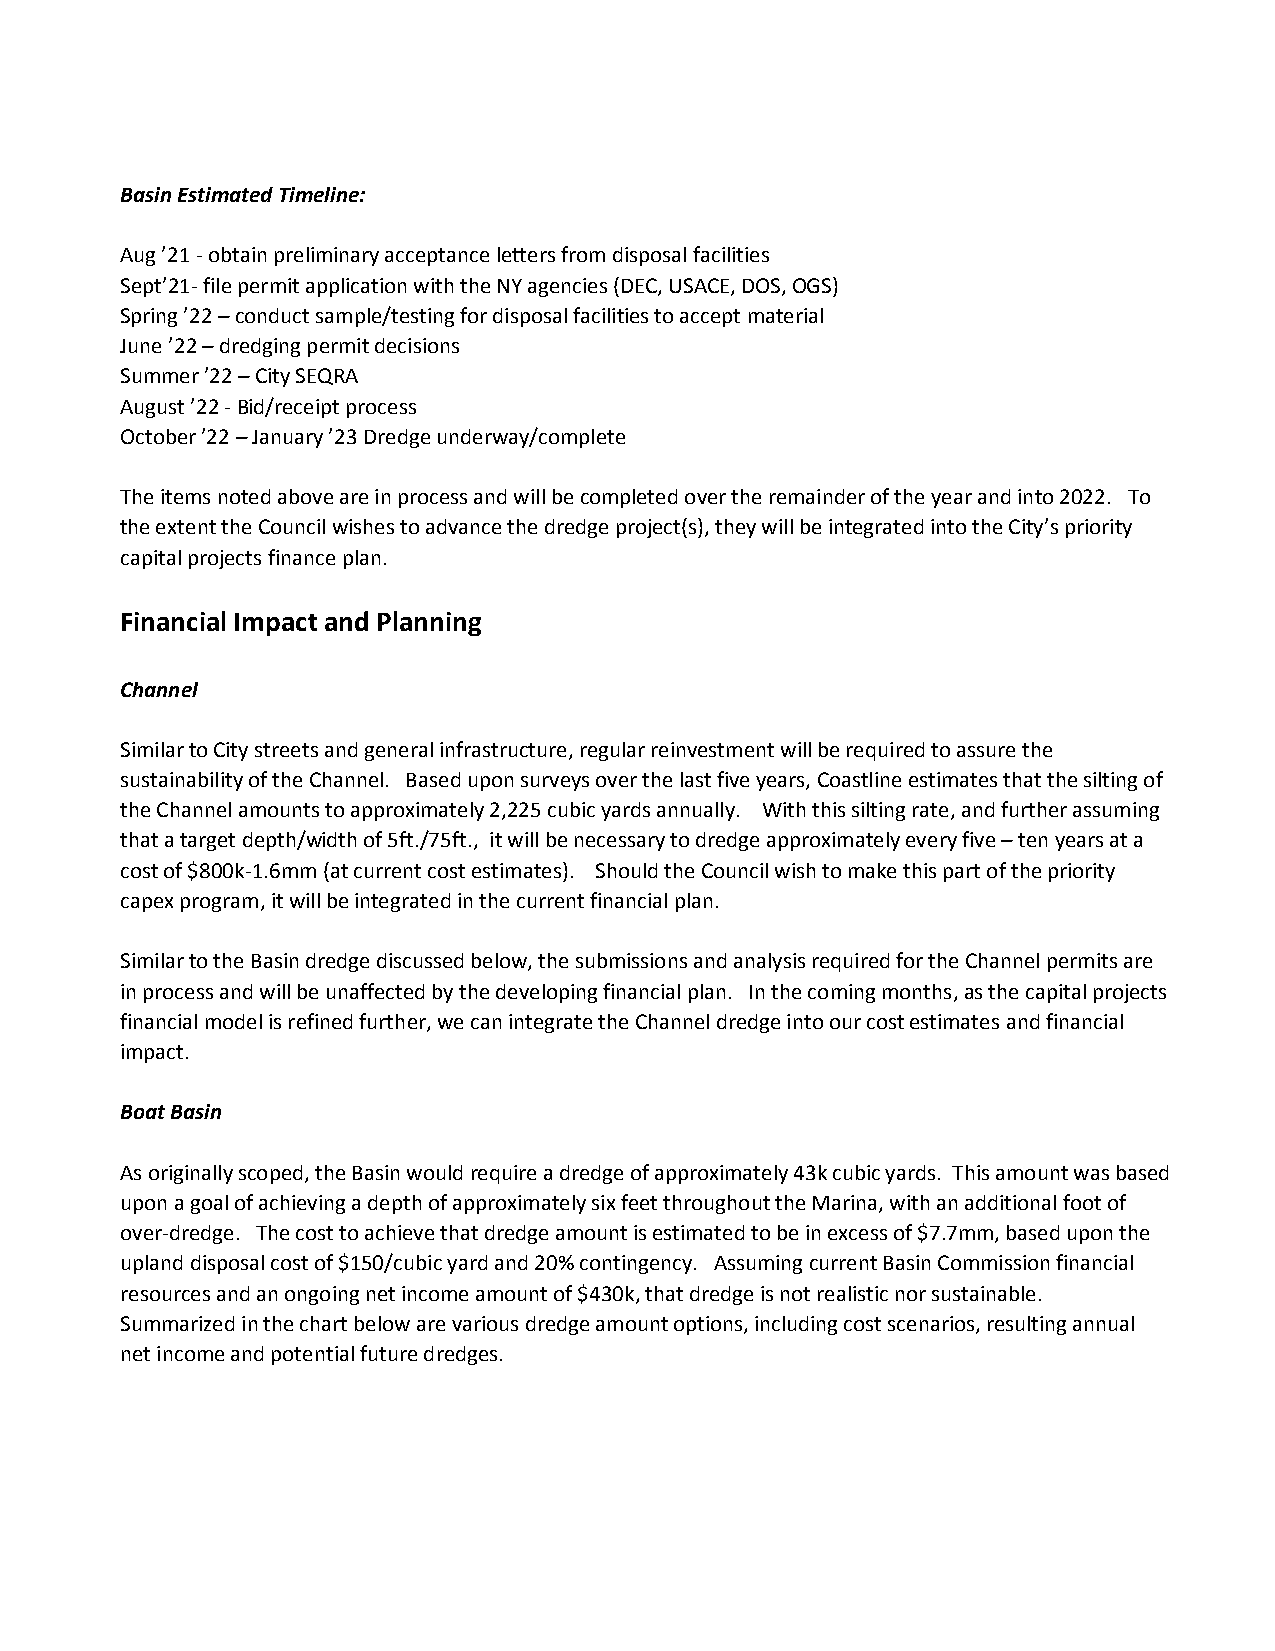
Basin Estimated Timeline:
 Aug ’21 - obtain preliminary acceptance letters from disposal facilities
 Sept’21- file permit application with the NY agencies (DEC, USACE, DOS, OGS)
 Spring ’22 – conduct sample/testing for disposal facilities to accept material
 June ’22 – dredging permit decisions
 Summer ’22 – City SEQRA
 August ’22 - Bid/receipt process
 October ’22 – January ’23 Dredge underway/complete
 The items noted above are in process and will be completed over the remainder of the year and into 2022. To
 the extent the Council wishes to advance the dredge project(s), they will be integrated into the City’s priority
 capital projects finance plan.
 Financial Impact and Planning
 Channel
 Similar to City streets and general infrastructure, regular reinvestment will be required to assure the
 sustainability of the Channel. Based upon surveys over the last five years, Coastline estimates that the silting of
 the Channel amounts to approximately 2,225 cubic yards annually. With this silting rate, and further assuming
 that a target depth/width of 5ft./75ft., it will be necessary to dredge approximately every five – ten years at a
 cost of $800k-1.6mm (at current cost estimates). Should the Council wish to make this part of the priority
 capex program, it will be integrated in the current financial plan.
 Similar to the Basin dredge discussed below, the submissions and analysis required for the Channel permits are
 in process and will be unaffected by the developing financial plan. In the coming months, as the capital projects
 financial model is refined further, we can integrate the Channel dredge into our cost estimates and financial
 impact.
 Boat Basin
 As originally scoped, the Basin would require a dredge of approximately 43k cubic yards. This amount was based
 upon a goal of achieving a depth of approximately six feet throughout the Marina, with an additional foot of
 over-dredge. The cost to achieve that dredge amount is estimated to be in excess of $7.7mm, based upon the
 upland disposal cost of $150/cubic yard and 20% contingency. Assuming current Basin Commission financial
 resources and an ongoing net income amount of $430k, that dredge is not realistic nor sustainable.
 Summarized in the chart below are various dredge amount options, including cost scenarios, resulting annual
 net income and potential future dredges.